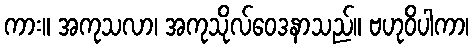
ကား။ အကုသလာ၊ အကုသိုလ်ဝေဒနာသည်။ ဗဟုဝိပါကာ၊